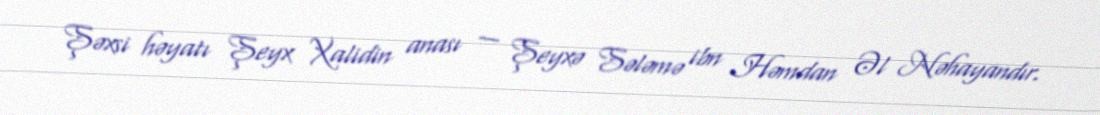
Şəxsi həyatı Şeyx Xalidin anası — Şeyxə Sələmə ibn Həmdan Əl Nəhayandır.